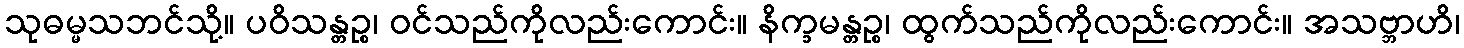
သုဓမ္မသဘင်သို့။ ပဝိသန္တဉ္စ၊ ဝင်သည်ကိုလည်းကောင်း။ နိက္ခမန္တဉ္စ၊ ထွက်သည်ကိုလည်းကောင်း။ အသဗ္ဘာဟိ၊